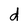
Character: d